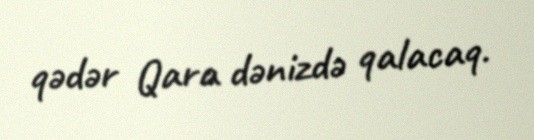
qədər Qara dənizdə qalacaq.